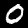
Digit: 0